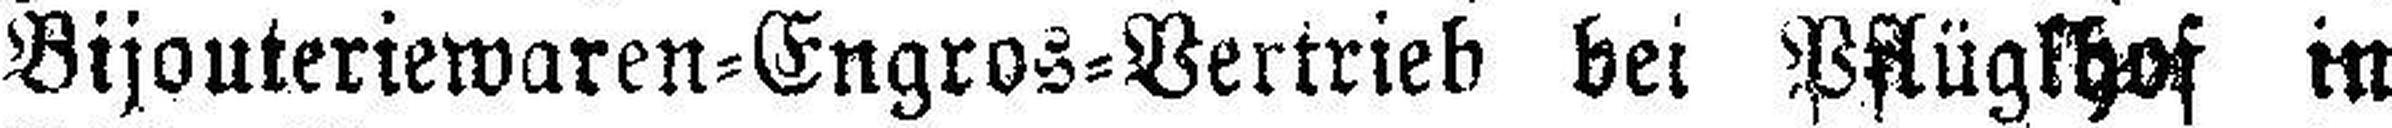
Bijouteriewaren=Engros=Vertrieb bei Pflügkhof in